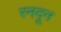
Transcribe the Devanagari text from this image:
रनदून